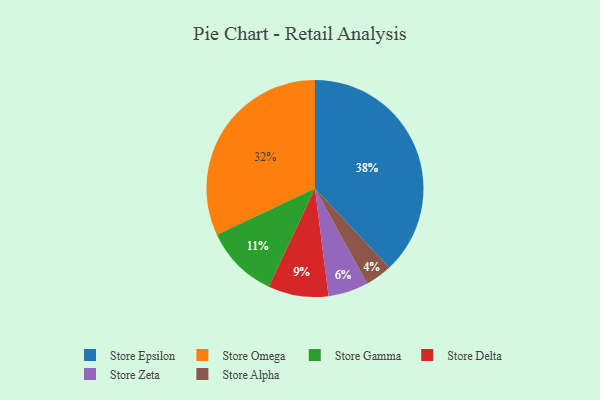
{"axis": {"x": "Category", "y": "Percentage"}, "legend": ["Store Alpha", "Store Delta", "Store Epsilon", "Store Gamma", "Store Omega", "Store Zeta"], "data": [{"x": "Store Alpha", "y": 4, "type": "Store Alpha"}, {"x": "Store Epsilon", "y": 38, "type": "Store Epsilon"}, {"x": "Store Gamma", "y": 11, "type": "Store Gamma"}, {"x": "Store Delta", "y": 9, "type": "Store Delta"}, {"x": "Store Zeta", "y": 6, "type": "Store Zeta"}, {"x": "Store Omega", "y": 32, "type": "Store Omega"}]}